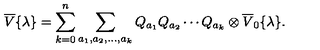
\overline { { V } } { \{ } \lambda { \} } = \sum _ { k = 0 } ^ { n } \sum _ { a _ { 1 } , a _ { 2 } , \ldots , a _ { k } } Q _ { a _ { 1 } } Q _ { a _ { 2 } } \cdots Q _ { a _ { k } } \otimes \overline { { V } } _ { 0 } { \{ } \lambda { \} } .